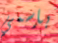
بإسمي